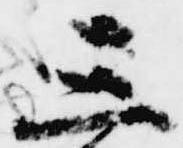
三